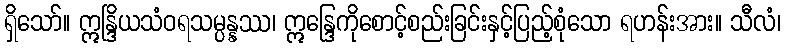
ရှိသော်။ ဣန္ဒြိယသံဝရသမ္ပန္နဿ၊ ဣန္ဒြေကိုစောင့်စည်းခြင်းနှင့်ပြည့်စုံသော ရဟန်းအား။ သီလံ၊